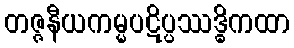
တဇ္ဇနီယကမ္မပဋိပ္ပဿဒ္ဓိကထာ